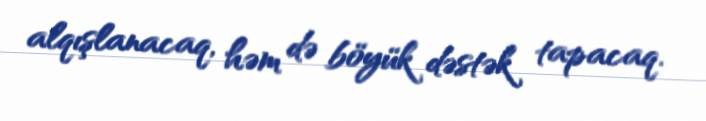
alqışlanacaq, həm də böyük dəstək tapacaq.